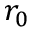
r _ { 0 }